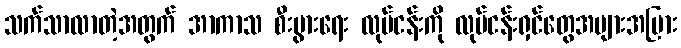
သက်သာလာတဲ့အတွက် အာကာသ စီးပွားရေး လုပ်ငန်းကို လုပ်ငန်းရှင်တွေအများအပြား